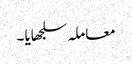
معاملہ سلجھایا ۔